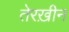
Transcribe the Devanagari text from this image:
तेरख़ीन